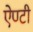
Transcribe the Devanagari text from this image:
ऐण्टी